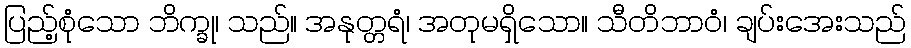
ပြည့်စုံသော ဘိက္ခု၊ သည်။ အနုတ္တရံ၊ အတုမရှိသော။ သီတိဘာဝံ၊ ချပ်းအေးသည်